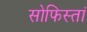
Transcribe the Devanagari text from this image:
सोफिस्तां